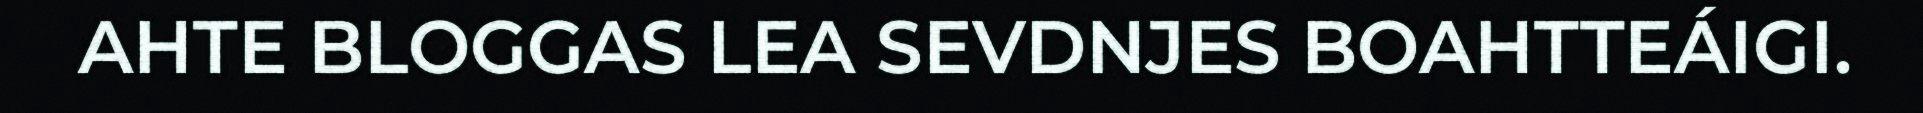
AHTE BLOGGAS LEA SEVDNJES BOAHTTEÁIGI.